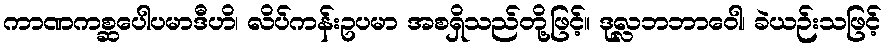
ကာဏကစ္ဆပေါပမာဒီဟိ၊ လိပ်ကန်းဥပမာ အစရှိသည်တို့ဖြင့်။ ဒုလ္လဘဘာဝေါ၊ ခဲယဉ်းသဖြင့်